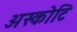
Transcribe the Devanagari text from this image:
अस्कोटि